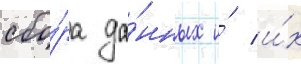
сбо́ра да́нных и́ и́х